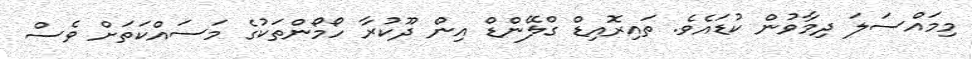
މިމައްސަލަ ދިމާވުން ކުޑައެވެ. ތައިރޮއިޑް ގްލޭންޑް އިން ދޫކުރާ ހޯމޯންތަކުގެ މަސައްކަތަށް ވެސް